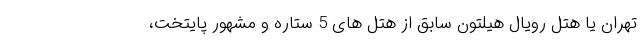
تهران یا هتل رویال هیلتون سابق از هتل های 5 ستاره و مشهور پایتخت،